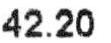
42.20